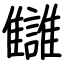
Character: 讎